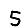
Digit: 5